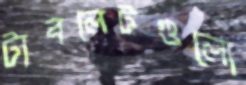
ট্যবলেটগুলো